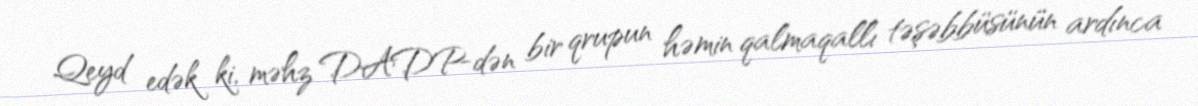
Qeyd edək ki, məhz DADP-dən bir qrupun həmin qalmaqallı təşəbbüsünün ardınca